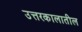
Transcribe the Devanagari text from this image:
उत्तरकालातील